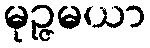
မုဉ္ဇမယာ